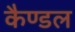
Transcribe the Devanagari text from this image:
कैण्डल